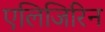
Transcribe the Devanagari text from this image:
एलिजिरिन